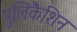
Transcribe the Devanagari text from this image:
पुलिकैशिन